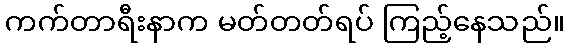
ကက်တာရီးနာက မတ်တတ်ရပ် ကြည့်နေသည်။